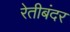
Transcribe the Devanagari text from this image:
रेतीबंदर